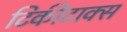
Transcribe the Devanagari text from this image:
टिकीटाक्स